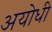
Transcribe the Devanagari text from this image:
अयोधी